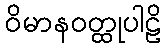
ဝိမာနဝတ္ထုပါဠိ